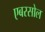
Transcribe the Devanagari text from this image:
एबरसोल